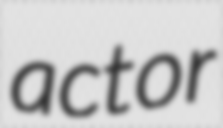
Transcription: actor